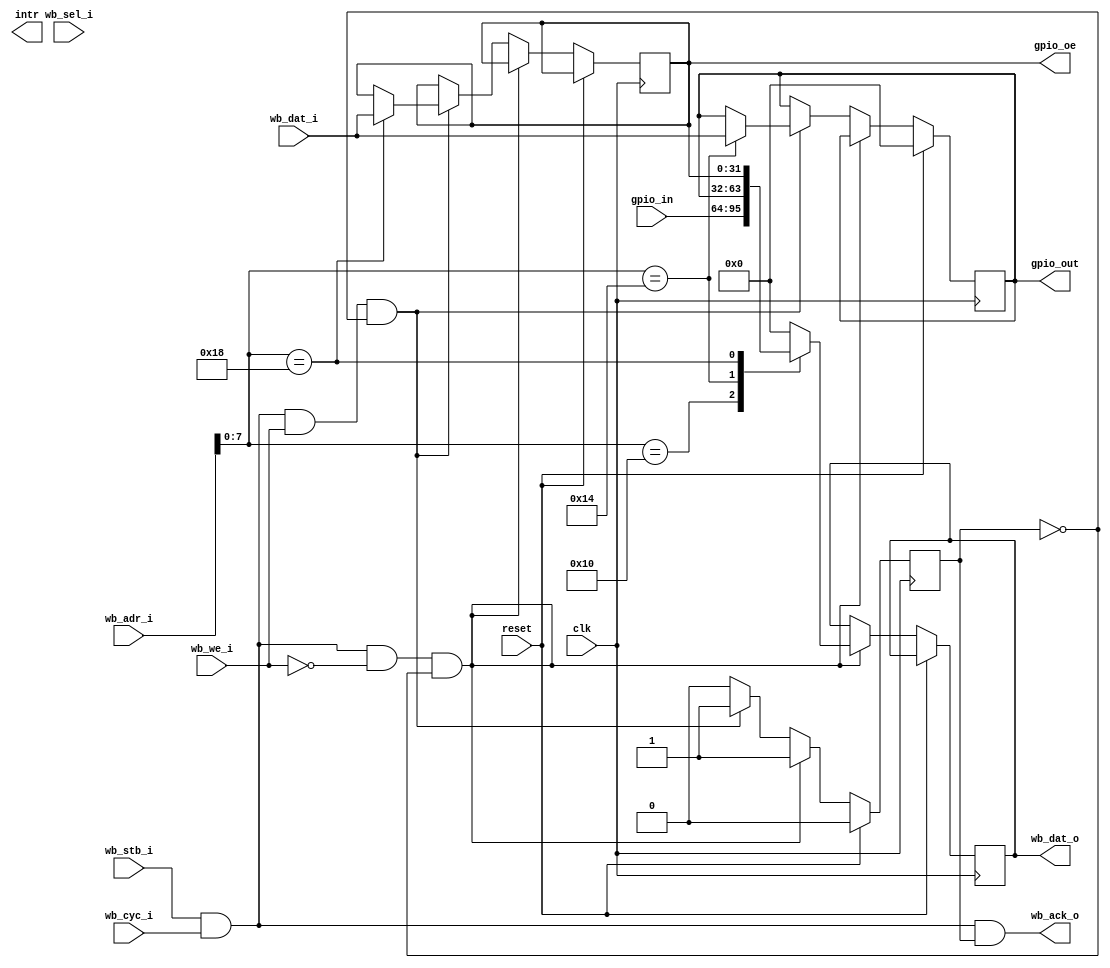
//---------------------------------------------------------------------------
// Wishbone General Pupose IO Component
//
//     0x00	
//     0x10     gpio_in    (read-only)
//     0x14     gpio_out   (read/write)
//     0x18     gpio_oe    (read/write)
//
//---------------------------------------------------------------------------

module wb_gpio (
	input              clk,
	input              reset,
	// Wishbone interface
	input              wb_stb_i,
	input              wb_cyc_i,
	output             wb_ack_o,
	input              wb_we_i,
	input       [31:0] wb_adr_i,
	input        [3:0] wb_sel_i,
	input       [31:0] wb_dat_i,
	output reg  [31:0] wb_dat_o,
	//
	output             intr,
	// IO Wires
	input       [31:0] gpio_in,
	output reg  [31:0] gpio_out,
	output reg  [31:0] gpio_oe
);

//---------------------------------------------------------------------------
// 
//---------------------------------------------------------------------------

wire [31:0] gpiocr = 32'b0;

// Wishbone
reg  ack;
assign wb_ack_o = wb_stb_i & wb_cyc_i & ack;

wire wb_rd = wb_stb_i & wb_cyc_i & ~wb_we_i;
wire wb_wr = wb_stb_i & wb_cyc_i &  wb_we_i;

always @(posedge clk)
begin
	if (reset) begin
		ack      <= 0;
		gpio_out <= 'b0;
	end else begin
		// Handle WISHBONE access
		ack    <= 0;

		if (wb_rd & ~ack) begin           // read cycle
			ack <= 1;

			case (wb_adr_i[7:0])
			'h00: wb_dat_o <= gpiocr;
			'h10: wb_dat_o <= gpio_in;
			'h14: wb_dat_o <= gpio_out;
			'h18: wb_dat_o <= gpio_oe;
			default: wb_dat_o <= 32'b0;
			endcase
		end else if (wb_wr & ~ack ) begin // write cycle
			ack <= 1;

			case (wb_adr_i[7:0])
			'h00: begin
			end
			'h14: gpio_out <= wb_dat_i;
			'h18: gpio_oe  <= wb_dat_i;
			endcase
		end
	end
end


endmodule
/* DDESDE AQUI REEMPLAZE

//---------------------------------------------------------------------------
// Wishbone General Pupose IO Component
//
//     0x00	
//     0x10     gpio_in    (read-only)
//     0x14     gpio_out   (read/write)
//     0x18     gpio_oe    (read/write)
//
//---------------------------------------------------------------------------

module wb_gpio (
	input              clk,
	input              reset,
	// Wishbone interface
	input              wb_stb_i,
	input              wb_cyc_i,
	output             wb_ack_o,
	input              wb_we_i,
	input       [31:0] wb_adr_i,
	input        [3:0] wb_sel_i,
	input       [31:0] wb_dat_i,
	output reg  [31:0] wb_dat_o,
	//
	//////output             intr,
	// IO Wires
	////input       [31:0] gpio_in,
	input   [31:0] gpio_in
	////output reg  [31:0] gpio_oe
	
);

//---------------------------------------------------------------------------
// 
//---------------------------------------------------------------------------

wire [31:0] gpiocr = 32'b0;

// Wishbone
reg  ack;
assign wb_ack_o = wb_stb_i & wb_cyc_i & ack;

wire wb_rd = wb_stb_i & wb_cyc_i & ~wb_we_i;
wire wb_wr = wb_stb_i & wb_cyc_i &  wb_we_i;



always @(posedge clk)
begin

	if (reset) begin
		ack      <= 0;
		//gpio_in <= 'b0;
	end else begin
		// Handle WISHBONE access
		ack    <= 0;

		if (wb_rd & ~ack) begin           // read cycle
			ack <= 1;

			case (wb_adr_i[7:0])
	///////////se toma el dato del adc 8 bits
///////////////////solo hay que definir la entrada del gpio en la fpga
			'h00: wb_dat_o <= gpio_in;
////////////////////////////////////
			default: wb_dat_o <= 32'b0;
			endcase
		end else if (wb_wr & ~ack ) begin // write cycle
			ack <= 1;
/////las salidas para la lcd son otras diferen a la del gpio
/////// no tiene problema
			case (wb_adr_i[7:0])
			
			
			
			endcase
		end
	end
end


endmodule

*/